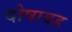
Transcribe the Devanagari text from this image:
दोषावह